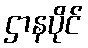
ဌာနပိုင်